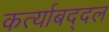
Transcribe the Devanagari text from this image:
कर्त्याबद्दल